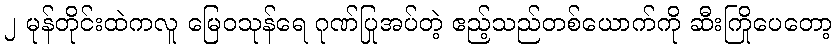
၂ မုန်တိုင်းထဲကလူ မြေဝသုန်ရေ ဂုဏ်ပြုအပ်တဲ့ ဧည့်သည်တစ်ယောက်ကို ဆီးကြိုပေတော့